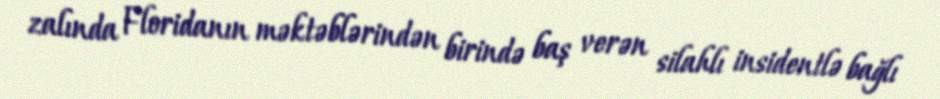
zalında Floridanın məktəblərindən birində baş verən silahlı insidentlə bağlı